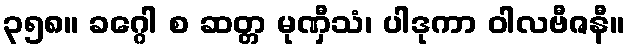
၃၅၈။ ခဂ္ဂေါ စ ဆတ္တ မုဏှီသံ၊ ပါဒုကာ ဝါလဗီဇနီ။